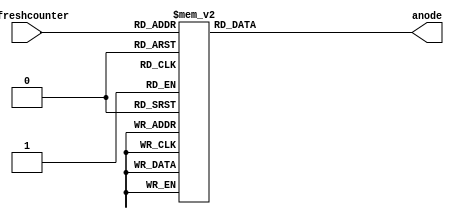
/*******************************************************
*  AN7   AN6   AN5   AN4  | AN3   AN2   AN1   AN0
*   |     |     |     |   |  |     |     |     |
*   __    __    __    __  |  __    __    __    __
*  |__|  |__|  |__|  |__| | |__|  |__|  |__|  |__|
*  |__|. |__|. |__|. |__|.| |__|. |__|. |__|. |__|.
*      
*  | |   | |   | |   | |  |  | |   | |   | |   | |
* CA CB CC CD CE CF CG DP | CA CB CC CD CE CF CG DP
********************************************************/

/********************************************************
*              _____
*          ___|  A  |___
*         |   |-----|   |
*         | F |     | B |
*         |___|-----|___|
*          ___|  G  |___
*         |   |-----|   |
*         | E |     | C |
*         |___|_____|___|     ---
*             |  D  |        | P |
*              -----          ---
*********************************************************/
module anode_control (
    input [2:0] refreshcounter,
    output reg [7:0] anode = 0
);

  always @(refreshcounter) begin
    case (refreshcounter)
      /*              |7|6|5|4|3|2|1|0|        */
      3'd0: anode = 8'b1_1_1_1_1_1_1_0;  // digit 1 ON
      3'd1: anode = 8'b1_1_1_1_1_1_0_1;  // digit 2 ON
      3'd2: anode = 8'b1_1_1_1_1_0_1_1;  // digit 3 ON
      3'd3: anode = 8'b1_1_1_1_0_1_1_1;  // digit 4 ON 
      3'd4: anode = 8'b1_1_1_1_1_1_1_1;  // digit 5 ON 
      3'd5: anode = 8'b1_1_1_1_1_1_1_1;  // digit 5 OFF 
      3'd6: anode = 8'b1_1_1_1_1_1_1_1;  // digit 6 OFF 
      3'd7: anode = 8'b0_1_1_1_1_1_1_1;  // digit 7 ON 
    endcase

  end

endmodule